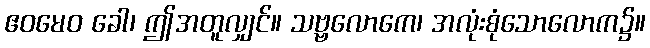
ဧဝမေဝ ခေါ၊ ဤအတူလျှင်။ သဗ္ဗလောကေ၊ အလုံးစုံသောလောက၌။